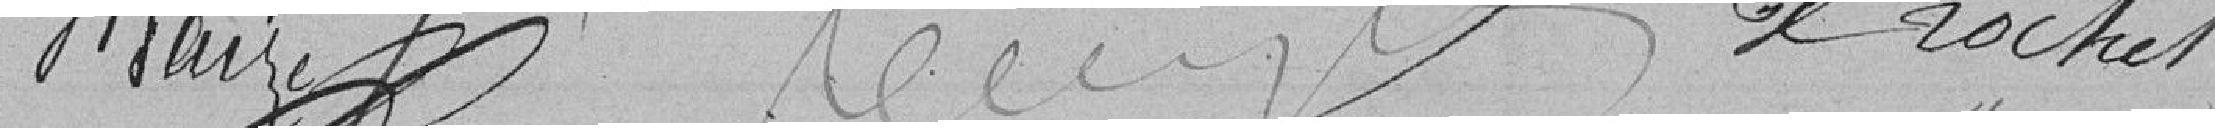
Maire Rochet